Investigations on Bengal jail dietaries - Number 37
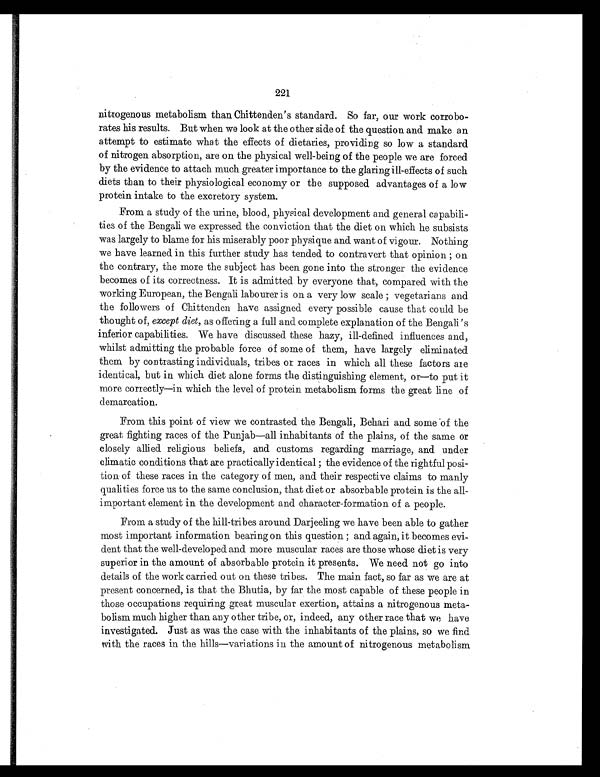
221
nitrogenous metabolism than Chittenden's standard. So far, our work corrobo-
rates his results. But when we look at the other side of the question and make an
attempt to estimate what the effects of dietaries, providing so low a standard
of nitrogen absorption, are on the physical well-being of the people we are forced
by the evidence to attach much greater importance to the glaring ill-effects of such
diets than to their physiological economy or the supposed advantages of a low
protein intake to the excretory system.
From a study of the urine, blood, physical development and general capabili-
ties of the Bengali we expressed the conviction that the diet on which he subsists
was largely to blame for his miserably poor physique and want of vigour. Nothing
we have learned in this further study has tended to contravert that opinion; on
the contrary, the more the subject has been gone into the stronger the evidence
becomes of its correctness. It is admitted by everyone that, compared with the
working European, the Bengali labourer is on a very low scale; vegetarians and
the followers of Chittenden have assigned every possible cause that could be
thought of, except diet, as offering a full and complete explanation of the Bengali's
inferior capabilities. We have discussed these hazy, ill-defined influences and,
whilst admitting the probable force of some of them, have largely eliminated
them by contrasting individuals, tribes or races in which all these factors are
identical, but in which diet alone forms the distinguishing element, or—to put it
more correctly—in which the level of protein metabolism forms the great line of
demarcation.
From this point of view we contrasted the Bengali, Behari and some of the
great fighting races of the Punjab—all inhabitants of the plains, of the same or
closely allied religious beliefs, and customs regarding marriage, and under
climatic conditions that are practically identical; the evidence of the rightful posi-
tion of these races in the category of men, and their respective claims to manly
qualities force us to the same conclusion, that diet or absorbable protein is the all-
important element in the development and character-formation of a people.
From a study of the hill-tribes around Darjeeling we have been able to gather
most important information bearing on this question; and again, it becomes evi-
dent that the well-developed and more muscular races are those whose diet is very
superior in the amount of absorbable protein it presents. We need not go into
details of the work carried out on these tribes. The main fact, so far as we are at
present concerned, is that the Bhutia, by far the most capable of these people in
those occupations requiring great muscular exertion, attains a nitrogenous meta-
bolism much higher than any other tribe, or, indeed, any other race that we have
investigated. Just as was the case with the inhabitants of the plains, so we find
with the races in the hills—variations in the amount of nitrogenous metabolism